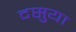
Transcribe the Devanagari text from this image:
दसुया